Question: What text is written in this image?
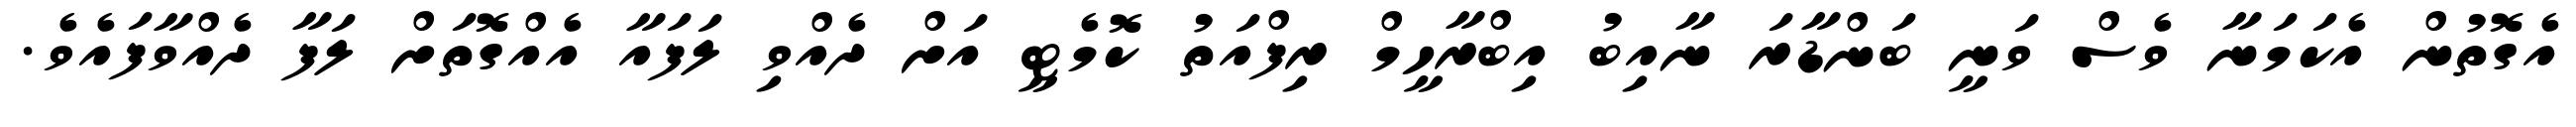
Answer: އެގޮތުން އެކަމަނާ ވެސް ވަނީ ބަންޑާރަ ނާއިބު އިބްރާހީމް ރިފްއަތު ކޮމެޓީ އަށް ދެއްވި ލަފައާ އެއްގޮތަށް ލަފާ ދެއްވާފައެވެ.